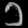
Digit: ၁